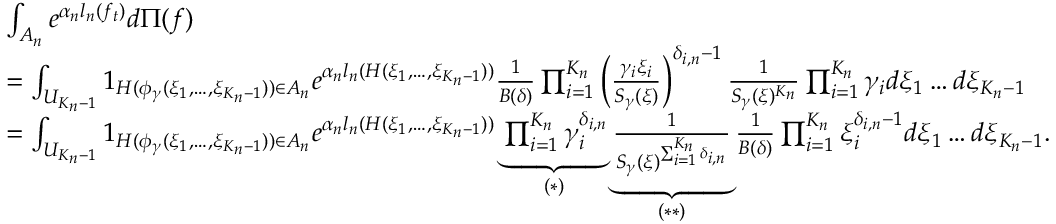
\begin{array} { r l } & { \int _ { A _ { n } } e ^ { \alpha _ { n } l _ { n } ( f _ { t } ) } d \Pi ( f ) } \\ & { = \int _ { U _ { K _ { n } - 1 } } 1 _ { H ( \phi _ { \gamma } ( \xi _ { 1 } , \dots , \xi _ { K _ { n } - 1 } ) ) \in A _ { n } } e ^ { \alpha _ { n } l _ { n } ( H ( \xi _ { 1 } , \dots , \xi _ { K _ { n } - 1 } ) ) } \frac { 1 } { B ( \delta ) } \prod _ { i = 1 } ^ { K _ { n } } \left( \frac { \gamma _ { i } \xi _ { i } } { S _ { \gamma } ( \xi ) } \right) ^ { \delta _ { i , n } - 1 } \frac { 1 } { S _ { \gamma } ( \xi ) ^ { K _ { n } } } \prod _ { i = 1 } ^ { K _ { n } } \gamma _ { i } d \xi _ { 1 } \dots d \xi _ { K _ { n } - 1 } } \\ & { = \int _ { U _ { K _ { n } - 1 } } 1 _ { H ( \phi _ { \gamma } ( \xi _ { 1 } , \dots , \xi _ { K _ { n } - 1 } ) ) \in A _ { n } } e ^ { \alpha _ { n } l _ { n } ( H ( \xi _ { 1 } , \dots , \xi _ { K _ { n } - 1 } ) ) } \underbrace { \prod _ { i = 1 } ^ { K _ { n } } \gamma _ { i } ^ { \delta _ { i , n } } } _ { ( * ) } \underbrace { \frac { 1 } { S _ { \gamma } ( \xi ) ^ { \sum _ { i = 1 } ^ { K _ { n } } \delta _ { i , n } } } } _ { ( * * ) } \frac { 1 } { B ( \delta ) } \prod _ { i = 1 } ^ { K _ { n } } \xi _ { i } ^ { \delta _ { i , n } - 1 } d \xi _ { 1 } \dots d \xi _ { K _ { n } - 1 } . } \end{array}